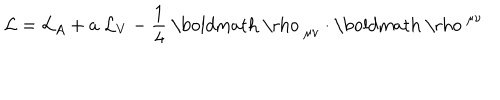
{ \cal { L } } = { \cal { L } } _ { A } + a ~ { \cal { L } } _ { V } - \frac { 1 } { 4 } ~ \mathrm { \boldmath ~ \ r h o ~ } _ { \mu \nu } \cdot \mathrm { \boldmath ~ \ r h o ~ } ^ { \mu \nu }